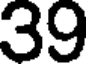
39